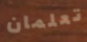
تعلمان